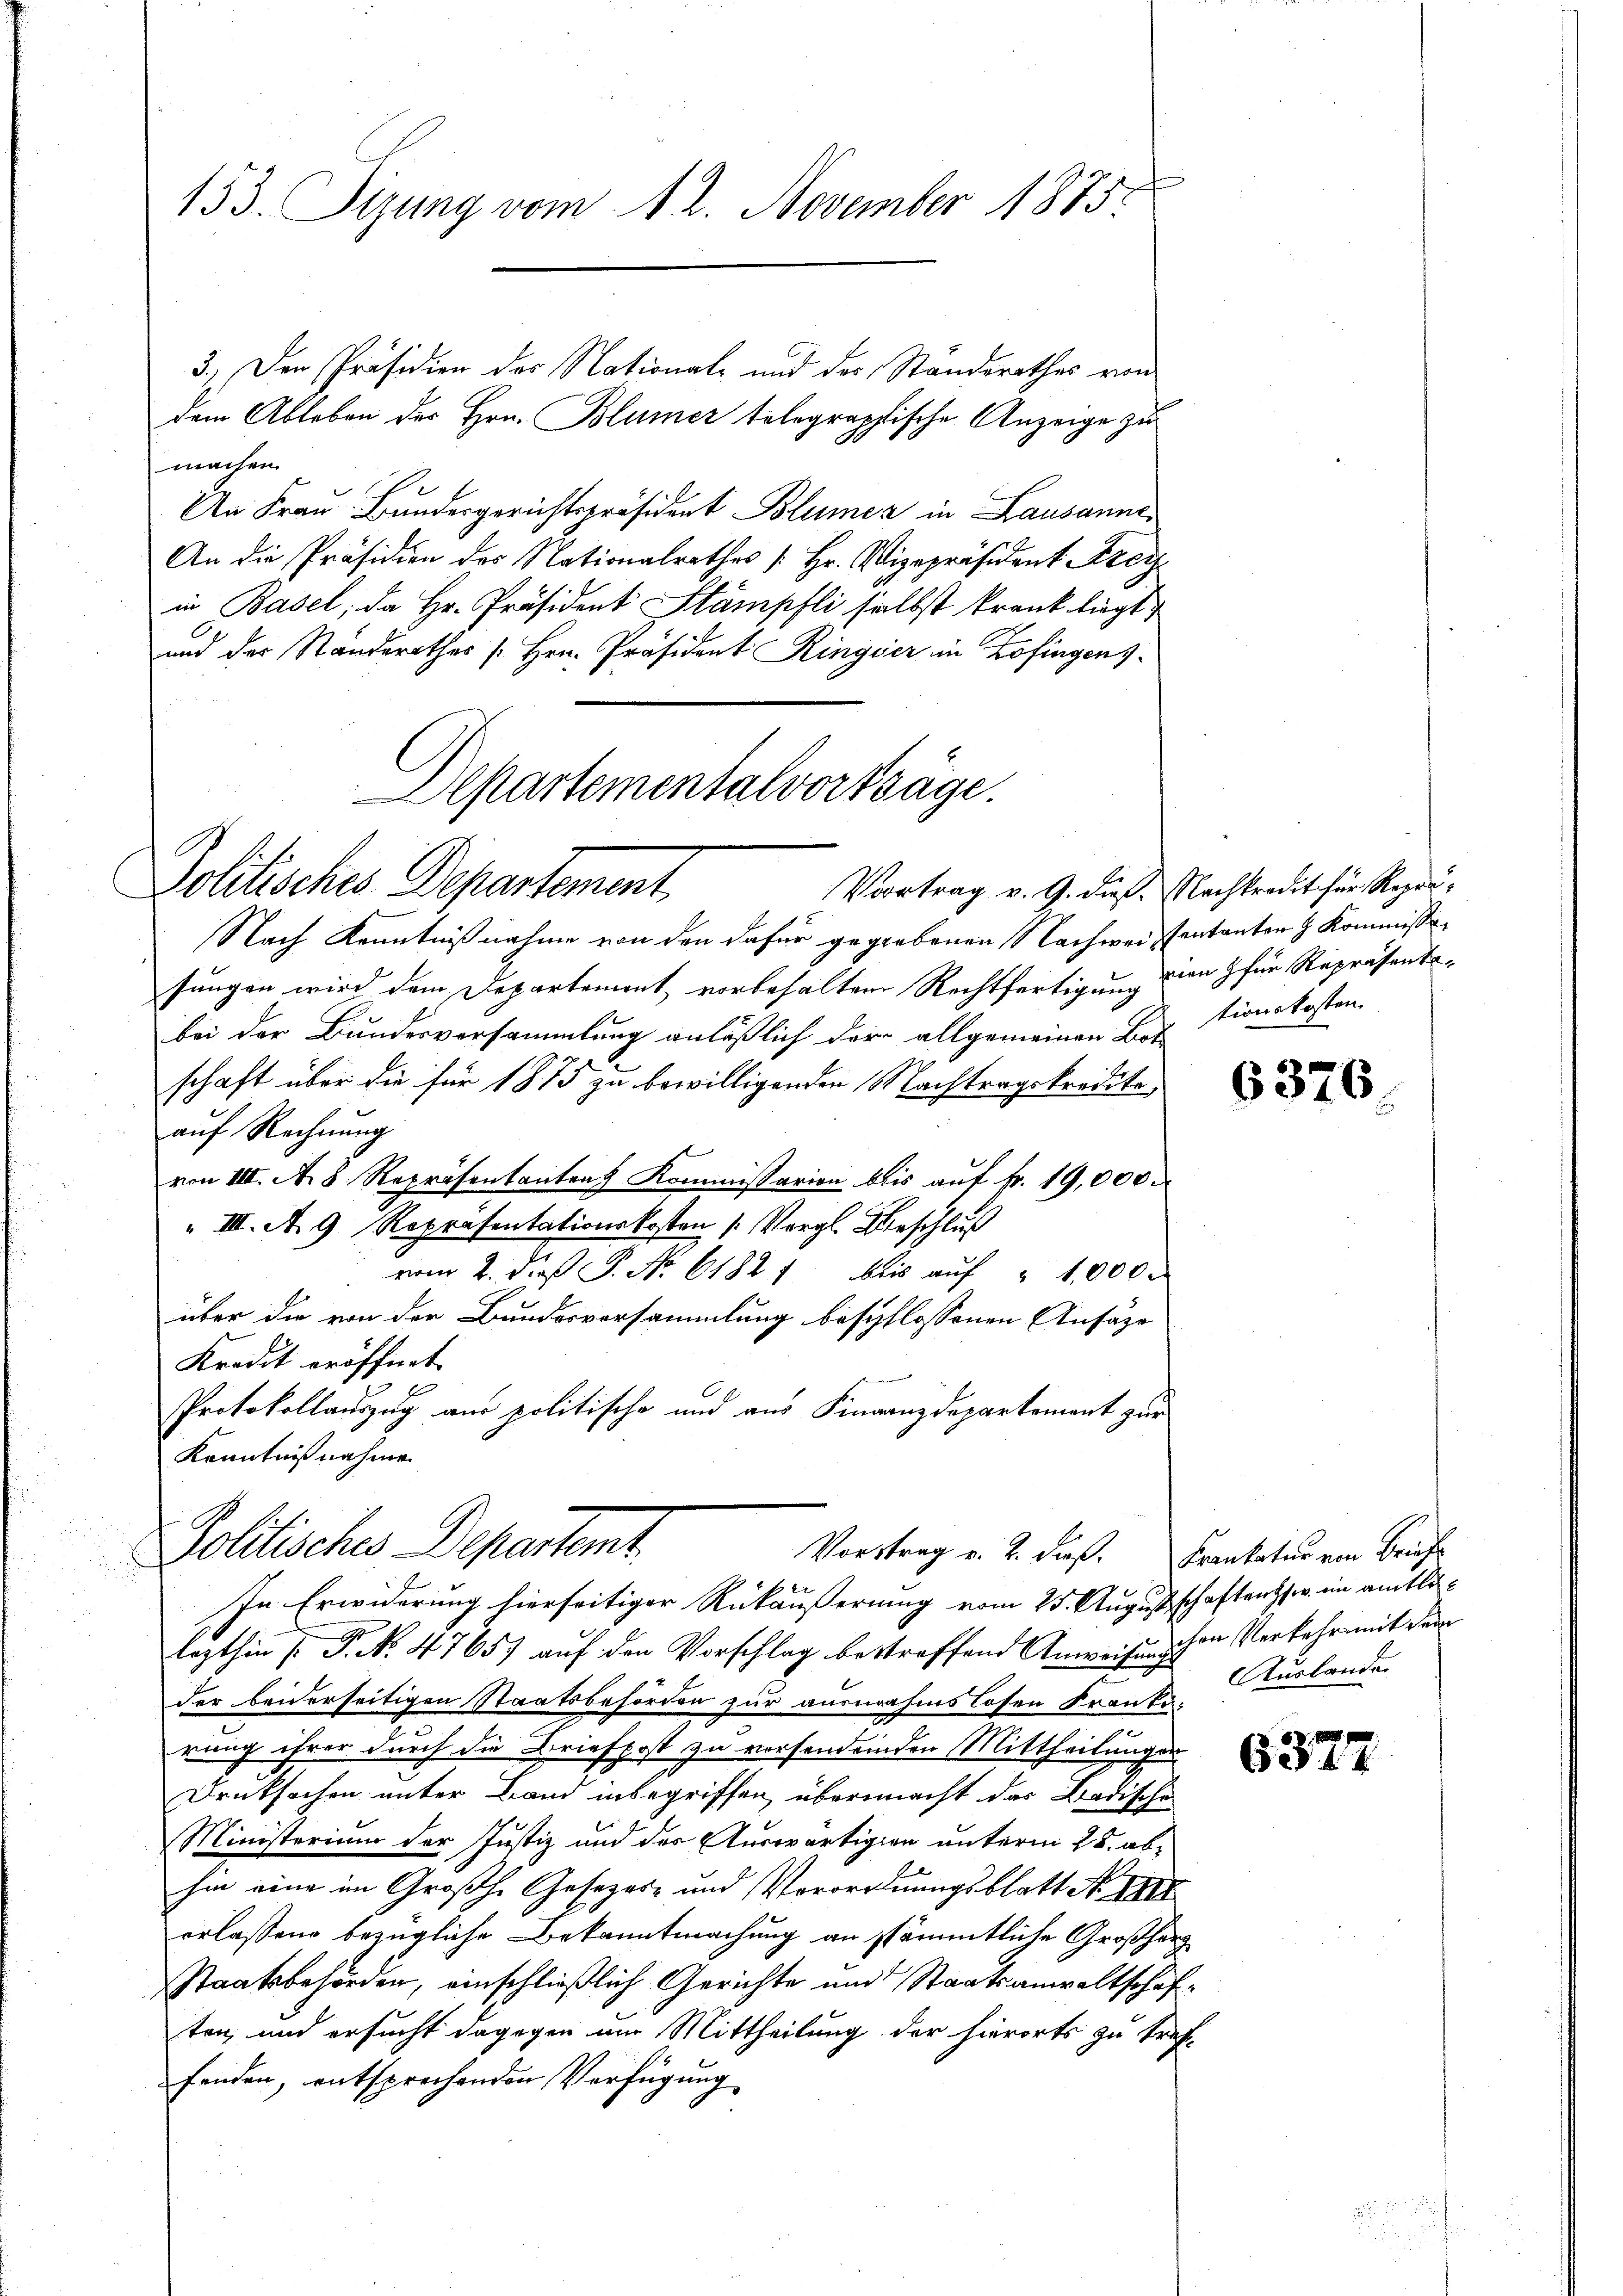
153. Sizung vom 1. 2. November 1875.

3.) Der Präsidien des National- und des Standsrathes von
dem Ableben des Hrn. Blümer telegraphische Anzeige zu
machen.
An Frau Bundesgerichtspräsident Blümer in Lausanne
An die Präsidien des Nationalrathes Hr. Vizepräsident Frei
in Basel, da Hr. Präsident Stämpfli selbst krank liegt,
und der Ständerathes [Hrn. Präsident Ringier in Zofingens-

Aepartementalvorträge.
Politisches Departement
Vortrag v. 9. dieß. Nachkredit für Reprä¬

Nach Kenntnißnahme von den dafür gegebenen Nachweisentanten z. Kommisso
sungen wird dem Departement vorbehalten Rechtfertigung von 3 für Repräsents-
bei der Bundesversammlung anläßlich der allgemeinen Bot
schaft über die für 1873 zu bewilligenden Nachtragskredite
auf Rechnung
von III. A. 8. Repräsentanten Kommissarien beis auf Fr. 19,000
III. A. 9 Repräsentationskosten /: Vergl. Beschluß
vom 2. dieß P. Nr. 61821 bis aŭf " 1000.
über die von der Bundesversammlung beschlossenen Ansäze
Kredit eröffnet
Protokollauszug aus politische und aus Finanzdepartement zur
Kenntnißnahme

Politisches Departent.
Vorstrag v. 2. dieß. Frankatur von Briefe
In Erwiderung hierseitiger Rückäußerung vom 25. Augustschaftens s w. in amtli¬

tionskosten.

lezthin [P. No 47657 auf den Vorschlag bestraffend Anweisungen Verkehr mit dem
der beiderseitigen Staatsbehörden zur ausnahmslosen Frante-
rung ihrer durch die Briefpost zu versendenden Mittheilungen
Druksachen unter Band inbegriffen, übermacht das Badische
Ministerium der Justiz und des Auswärtigen unterm 28. abhin eine im Großhe Gesezes- und Verordnungsblatt No III
erlassene bezügliche Bekanntmachung an sämmtliche Großherz
Staatsbehörden, einschließlich Gerichte und Staatsanwaltschaften, und ersucht dagegen am Mittheilung der hierorts zu tref-
fenden, entsprechenden Verfügung

6376

Auslande

653.